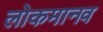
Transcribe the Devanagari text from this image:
लोकमानव